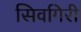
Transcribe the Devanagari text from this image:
सिवगिरी